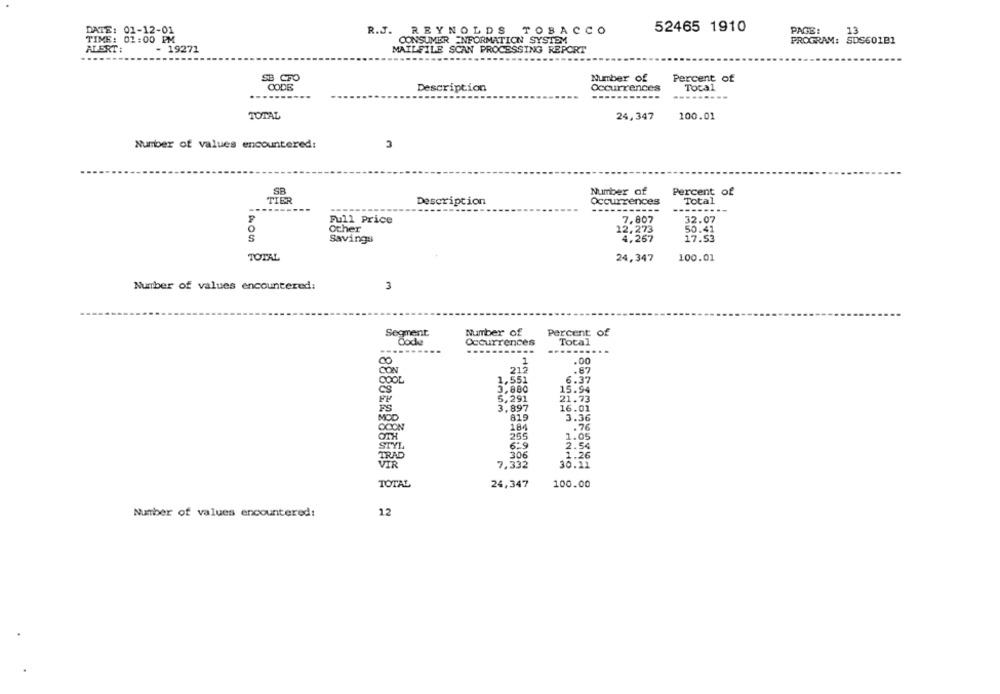
52465 1910
DATE: 01-12-01
R.J. REYNOLDS TOBACCO
PAGE :
13
TIME: 01:00 PM
CONSUMER INFORMATION SYSTEM
PROGRAM: SDS60101
ALERT:
- 19271
MAILFILE SCAN PROCESSING REPORT
SB CFO
Number of
Percent of
CODE
Description
Occurrences
Total
---
TOTAL
24,347
100.01
Number of values encountered:
3
SR
Number of
Percent of
TIER
Description
Occurrences
Total
---
Full Price
7.807
32.07
Other
12,273
50.41
Savings
4,267
17.53
TOTAL
24,347
100.01
Number of values encountered:
3
Segment
Number of
Percent of
Code
Occurrences
Total
..
......
1
.00
00
CON
212
.87
COOL
1,551
6.37
3,800
15.94
5,291
21.73
3,897
16.01
PS
819
3.36
MOD
OCON
184
.76
255
1.05
6.9
STYL
2.54
TRAD
306
1.26
7.332
30.11
VIR
TOTAL
24,347
100.00
Number of values encountered:
12